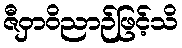
ဇီဝှာဝိညာဉ်ဖြင့်သိ